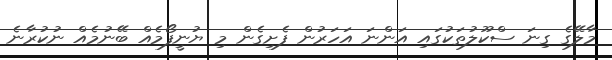
މާލޭގެ ގިނަ ސްކޫލުތަކުގައި އަންނަ އަހަރުން ފެށިގެން މި ޔުނީފޯމެއް ބޭނުމެއް ނުކުރާނެ